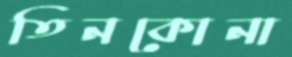
তিনকোনা